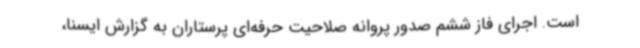
است. اجرای فاز ششم صدور پروانه صلاحیت حرفه‌ای پرستاران به گزارش ایسنا،